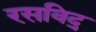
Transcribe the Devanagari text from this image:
रसविद्